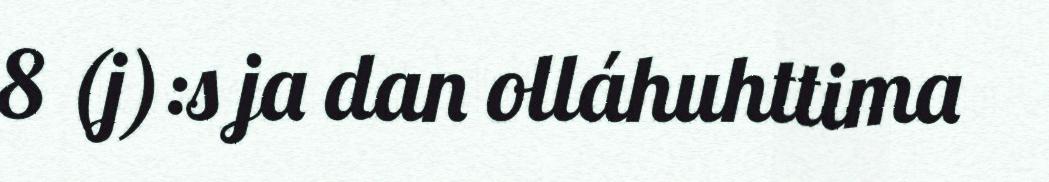
8 (j):s ja dan olláhuhttima